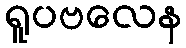
ရူပဗလေန